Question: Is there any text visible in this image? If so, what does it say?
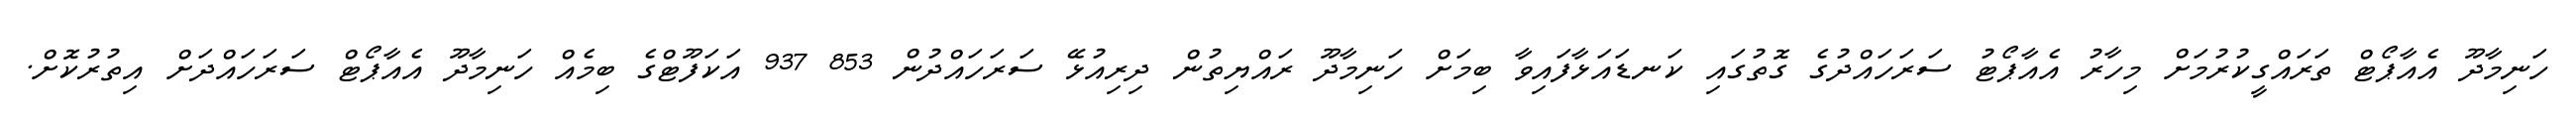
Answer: ހަނިމާދޫ އެއާޕޯޓް ތަރައްގީކުރުމަށް މިހާރު އެއާޕޯޓު ސަރަހައްދުގެ ގޮތުގައި ކަނޑައަޅާފައިވާ ބިމަށް ހަނިމާދޫ ރައްޔިތުން ދިރިއުޅޭ ސަރަހައްދުން 853 937 އަކަފޫޓްގެ ބިމެއް ހަނިމާދޫ އެއާޕޯޓް ސަރަހައްދަށް އިތުރުކޮށް.